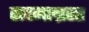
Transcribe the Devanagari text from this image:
सदमाग्रस्त